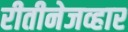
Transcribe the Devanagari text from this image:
रीतीनेजव्हार